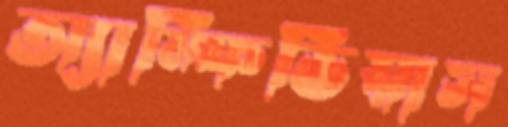
অ্যাম্ফিভিয়াস